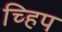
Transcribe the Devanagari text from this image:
च्हिप